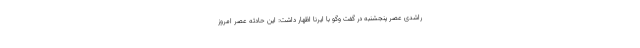
راشدی عصر پنجشنبه در گفت وگو با ایرنا اظهار داشت: این حادثه عصر امروز